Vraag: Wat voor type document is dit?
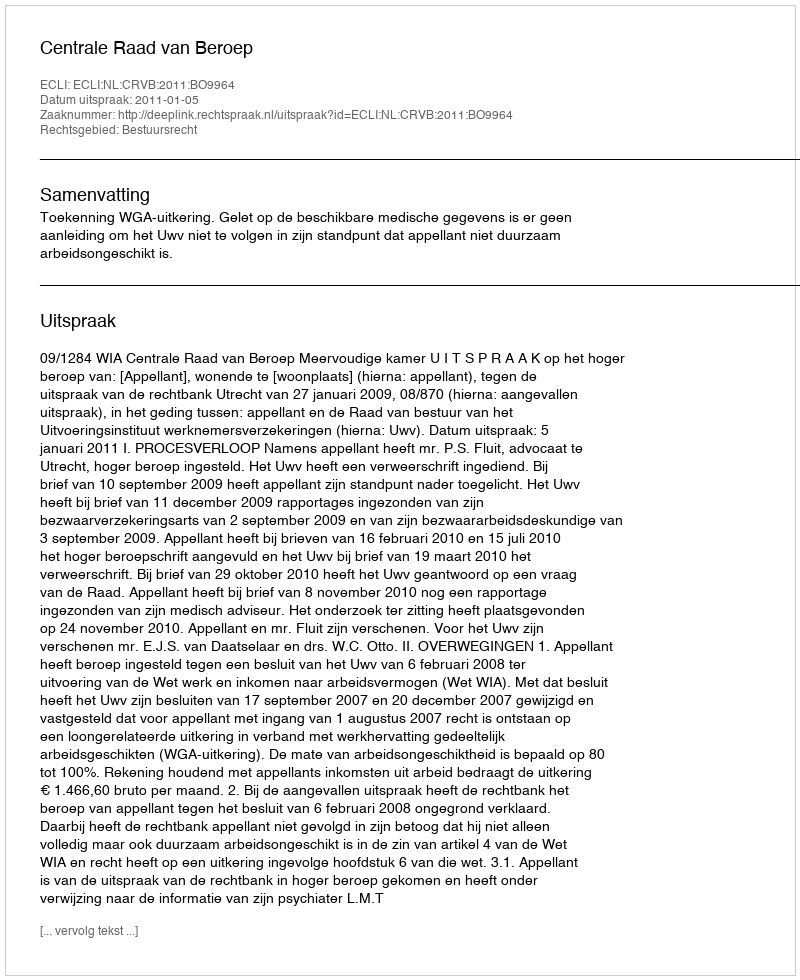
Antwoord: Uitspraak